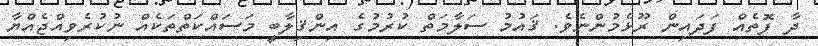
ދާ ފޮތެއް ފަދައިން ރޫޅެމުންނެވެ. ޤައުމު ސަލާމަތް ކުރުމުގެ އިންޤިލާބީ މަސައްކަތްތަކެއް ނުކުރެވިއްޖެއްޔާ